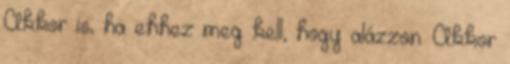
Akkor is, ha ehhez meg kell, hogy alázzon. Akkor